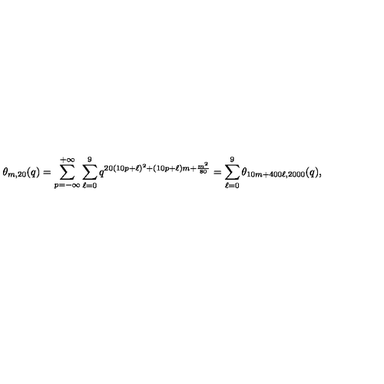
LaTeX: \theta _ { m , 2 0 } ( q ) = \sum _ { p = - \infty } ^ { + \infty } \sum _ { \ell = 0 } ^ { 9 } q ^ { 2 0 ( 1 0 p + \ell ) ^ { 2 } + ( 1 0 p + \ell ) m + \frac { m ^ { 2 } } { 8 0 } } = \sum _ { \ell = 0 } ^ { 9 } \theta _ { 1 0 m + 4 0 0 \ell , 2 0 0 0 } ( q ) ,